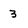
Character: 3